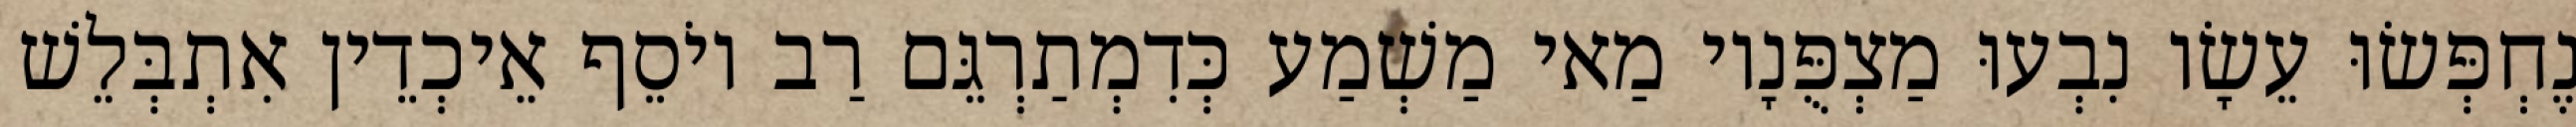
נֶחְפְּשׂוּ עֵשָׂו נִבְעוּ מַצְפֻּנָיו מַאי מַשְׁמַע כְּדִמְתַרְגֵּם רַב יוֹסֵף אֵיכְדֵין אִתְבְּלֵשׁ